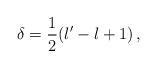
LaTeX: \begin{align*}\delta=\frac{1}{2}(l'-l+1)\,,\end{align*}